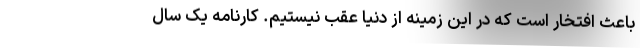
باعث افتخار است که در این زمینه از دنیا عقب نیستیم. کارنامه یک سال